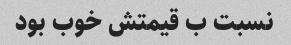
نسبت ب قیمتش خوب بود